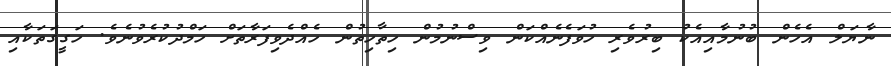
ނާޔަލް އެހެން ބުނުމާއިއެކު ބިރުވެރި ހުވަފެނެއްކަން ވިސްނުމުން ހިތާހިތުން ހެއްދެވިފަރާތަށް ހަމްދުކުރެވުނެވެ. ހަގީގަތަކާއި